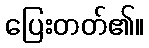
ပြေးတတ်၏။